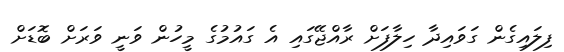
ފިލައިގެން ގަވައިދާ ހިލާފަށް ރާއްޖޭގައި އެ ގައުމުގެ މީހުން ވަނީ ވަރަށް ބޮޑަށް